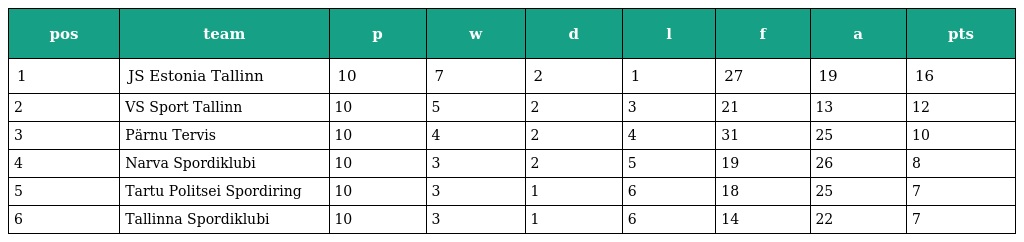
| pos | team | p | w | d | l | f | a | pts |
 | --- | --- | --- | --- | --- | --- | --- | --- | --- |
 | 1 | JS Estonia Tallinn | 10 | 7 | 2 | 1 | 27 | 19 | 16 |
 | 2 | VS Sport Tallinn | 10 | 5 | 2 | 3 | 21 | 13 | 12 |
 | 3 | Pärnu Tervis | 10 | 4 | 2 | 4 | 31 | 25 | 10 |
 | 4 | Narva Spordiklubi | 10 | 3 | 2 | 5 | 19 | 26 | 8 |
 | 5 | Tartu Politsei Spordiring | 10 | 3 | 1 | 6 | 18 | 25 | 7 |
 | 6 | Tallinna Spordiklubi | 10 | 3 | 1 | 6 | 14 | 22 | 7 |